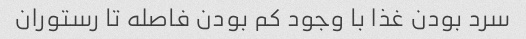
سرد بودن غذا با وجود کم بودن فاصله تا رستوران